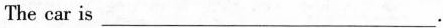
The car is___.